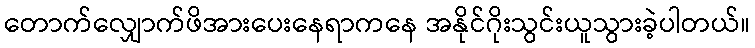
တောက်လျှောက်ဖိအားပေးနေရာကနေ အနိုင်ဂိုးသွင်းယူသွားခဲ့ပါတယ်။